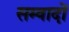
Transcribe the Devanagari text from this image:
सम्वादों